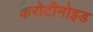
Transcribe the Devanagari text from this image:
कैरोटीनोइड